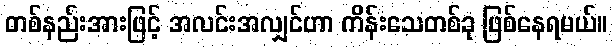
တစ်နည်းအားဖြင့် အလင်းအလျှင်ဟာ ကိန်းသေတစ်ခု ဖြစ်နေရမယ်။